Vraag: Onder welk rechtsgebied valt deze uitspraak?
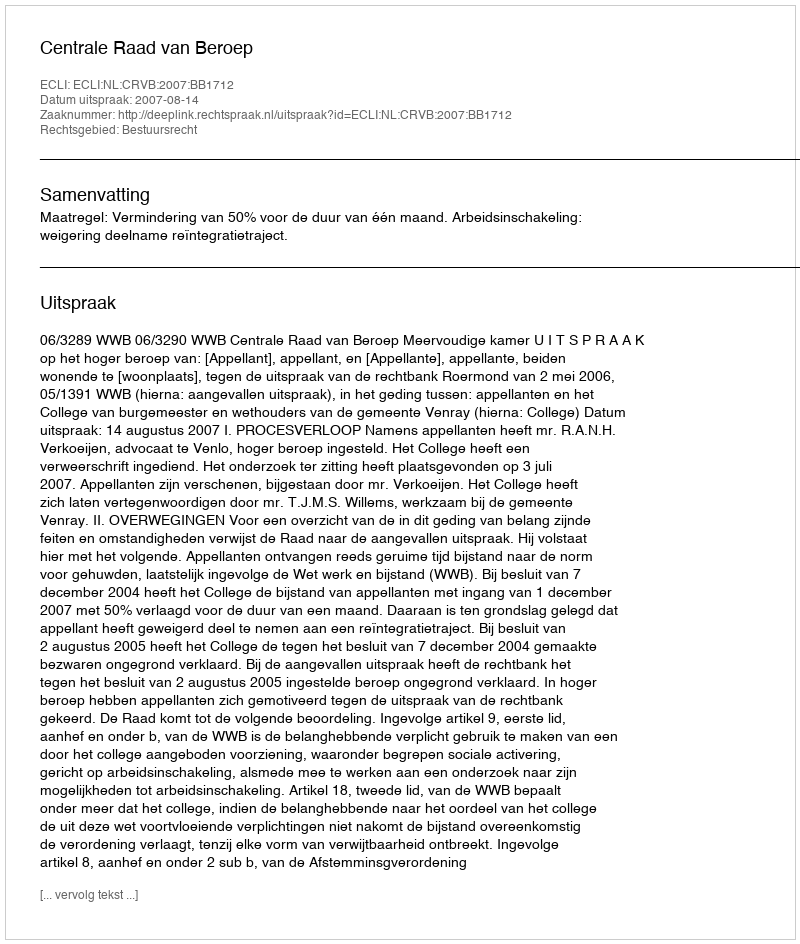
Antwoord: Bestuursrecht